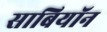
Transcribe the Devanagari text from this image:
साबियॉन